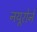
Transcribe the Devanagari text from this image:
नयूरोने